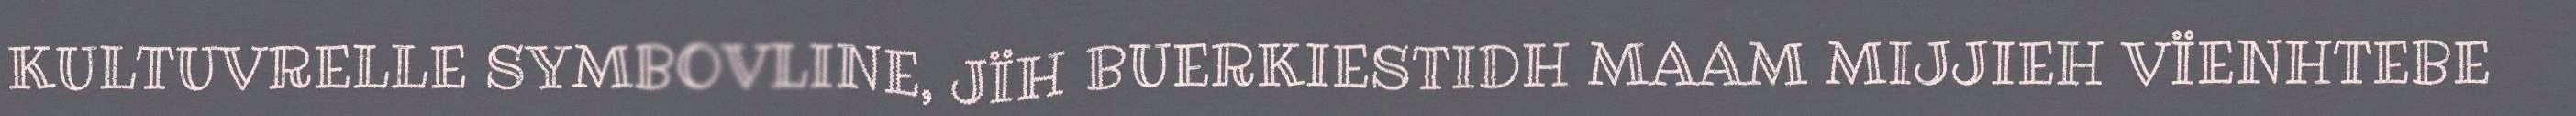
KULTUVRELLE SYMBOVLINE, JÏH BUERKIESTIDH MAAM MIJJIEH VÏENHTEBE